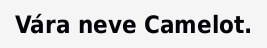
Vára neve Camelot.